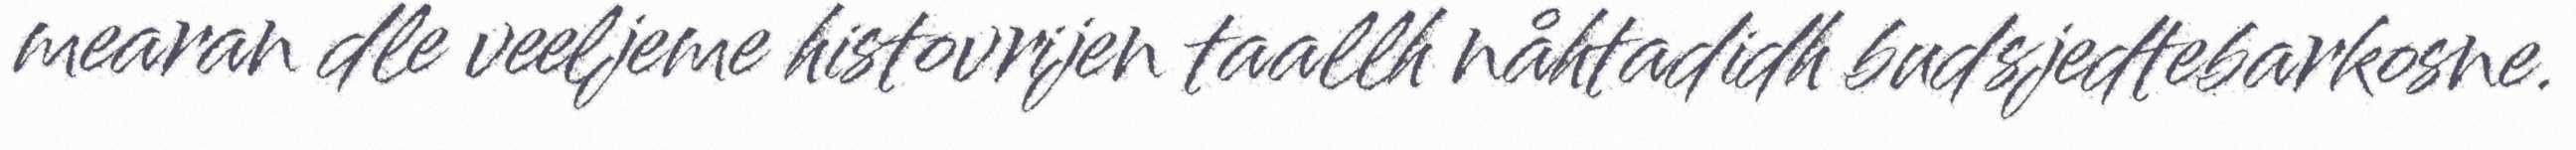
mearan dle veeljeme histovrijen taallh nåhtadidh budsjedtebarkosne.